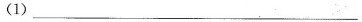
(1)___